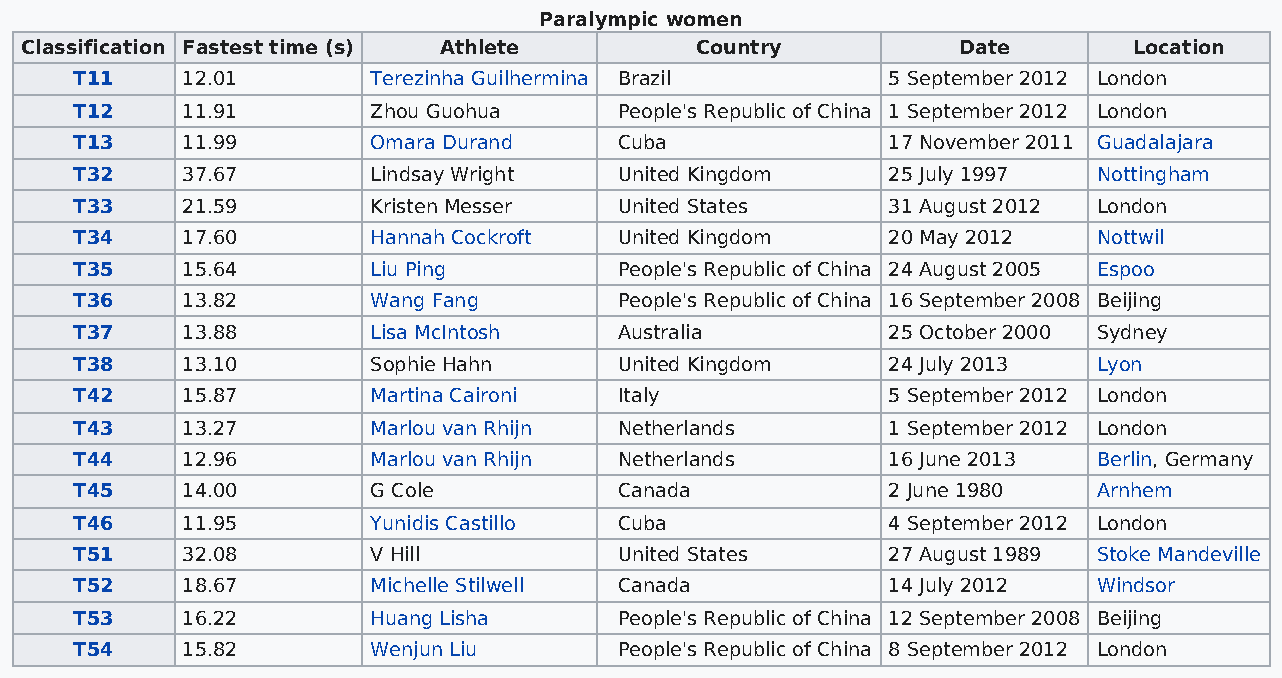
Paralympic women
 Classification Fastest time (s) Athlete      Country          Date        Location
 T11    12.01        Terezinha Guilhermina Brazil      5 September 2012 London
 T12    11.91        Zhou Guohua     People's Republic of China 1 September 2012 London
 T13    11.99        Omara Durand    Cuba              17 November 2011 Guadalajara
 T32    37.67        Lindsay Wright  United Kingdom    25 July 1997  Nottingham
 T33    21.59        Kristen Messer  United States     31 August 2012 London
 T34    17.60        Hannah Cockroft United Kingdom    20 May 2012   Nottwil
 T35    15.64        Liu Ping        People's Republic of China 24 August 2005 Espoo
 T36    13.82        Wang Fang       People's Republic of China 16 September 2008 Beijing
 T37    13.88        Lisa McIntosh   Australia         25 October 2000 Sydney
 T38    13.10        Sophie Hahn     United Kingdom    24 July 2013  Lyon
 T42    15.87        Martina Caironi Italy             5 September 2012 London
 T43    13.27        Marlou van Rhijn Netherlands      1 September 2012 London
 T44    12.96        Marlou van Rhijn Netherlands      16 June 2013  Berlin, Germany
 T45    14.00        G Cole          Canada            2 June 1980   Arnhem
 T46    11.95        Yunidis Castillo Cuba             4 September 2012 London
 T51    32.08        V Hill          United States     27 August 1989 Stoke Mandeville
 T52    18.67        Michelle Stilwell Canada          14 July 2012  Windsor
 T53    16.22        Huang Lisha     People's Republic of China 12 September 2008 Beijing
 T54    15.82        Wenjun Liu      People's Republic of China 8 September 2012 London